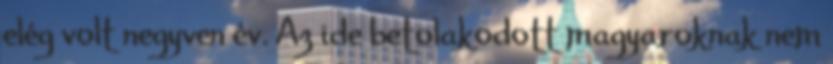
elég volt negyven év. Az ide betolakodott magyaroknak nem